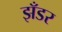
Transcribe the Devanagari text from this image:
झँडर